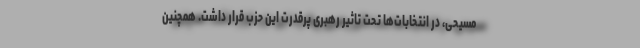
مسیحی، در انتخابات‌ها تحت تاثیر رهبری پرقدرت این حزب قرار داشت. همچنین